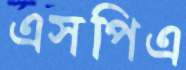
এসপিএ